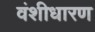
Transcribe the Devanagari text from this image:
वंशीधारण